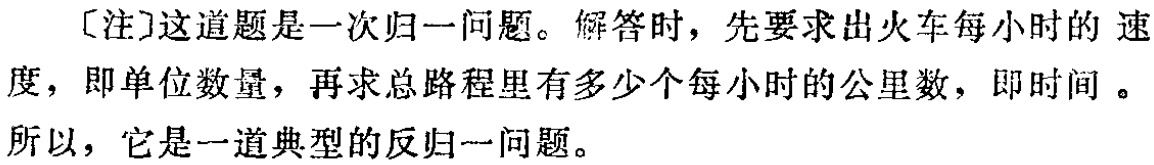
[注]这道题是一次归一问题。解答时，先要求出火车每小时的 速
度，即单位数量，再求总路程里有多少个每小时的公里数，即时间 。
所以，它是一道典型的反归一问题。